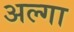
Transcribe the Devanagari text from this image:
अल्गा